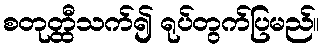
စတုတ္ထီသက်၍ ရုပ်တွက်ပြမည်။